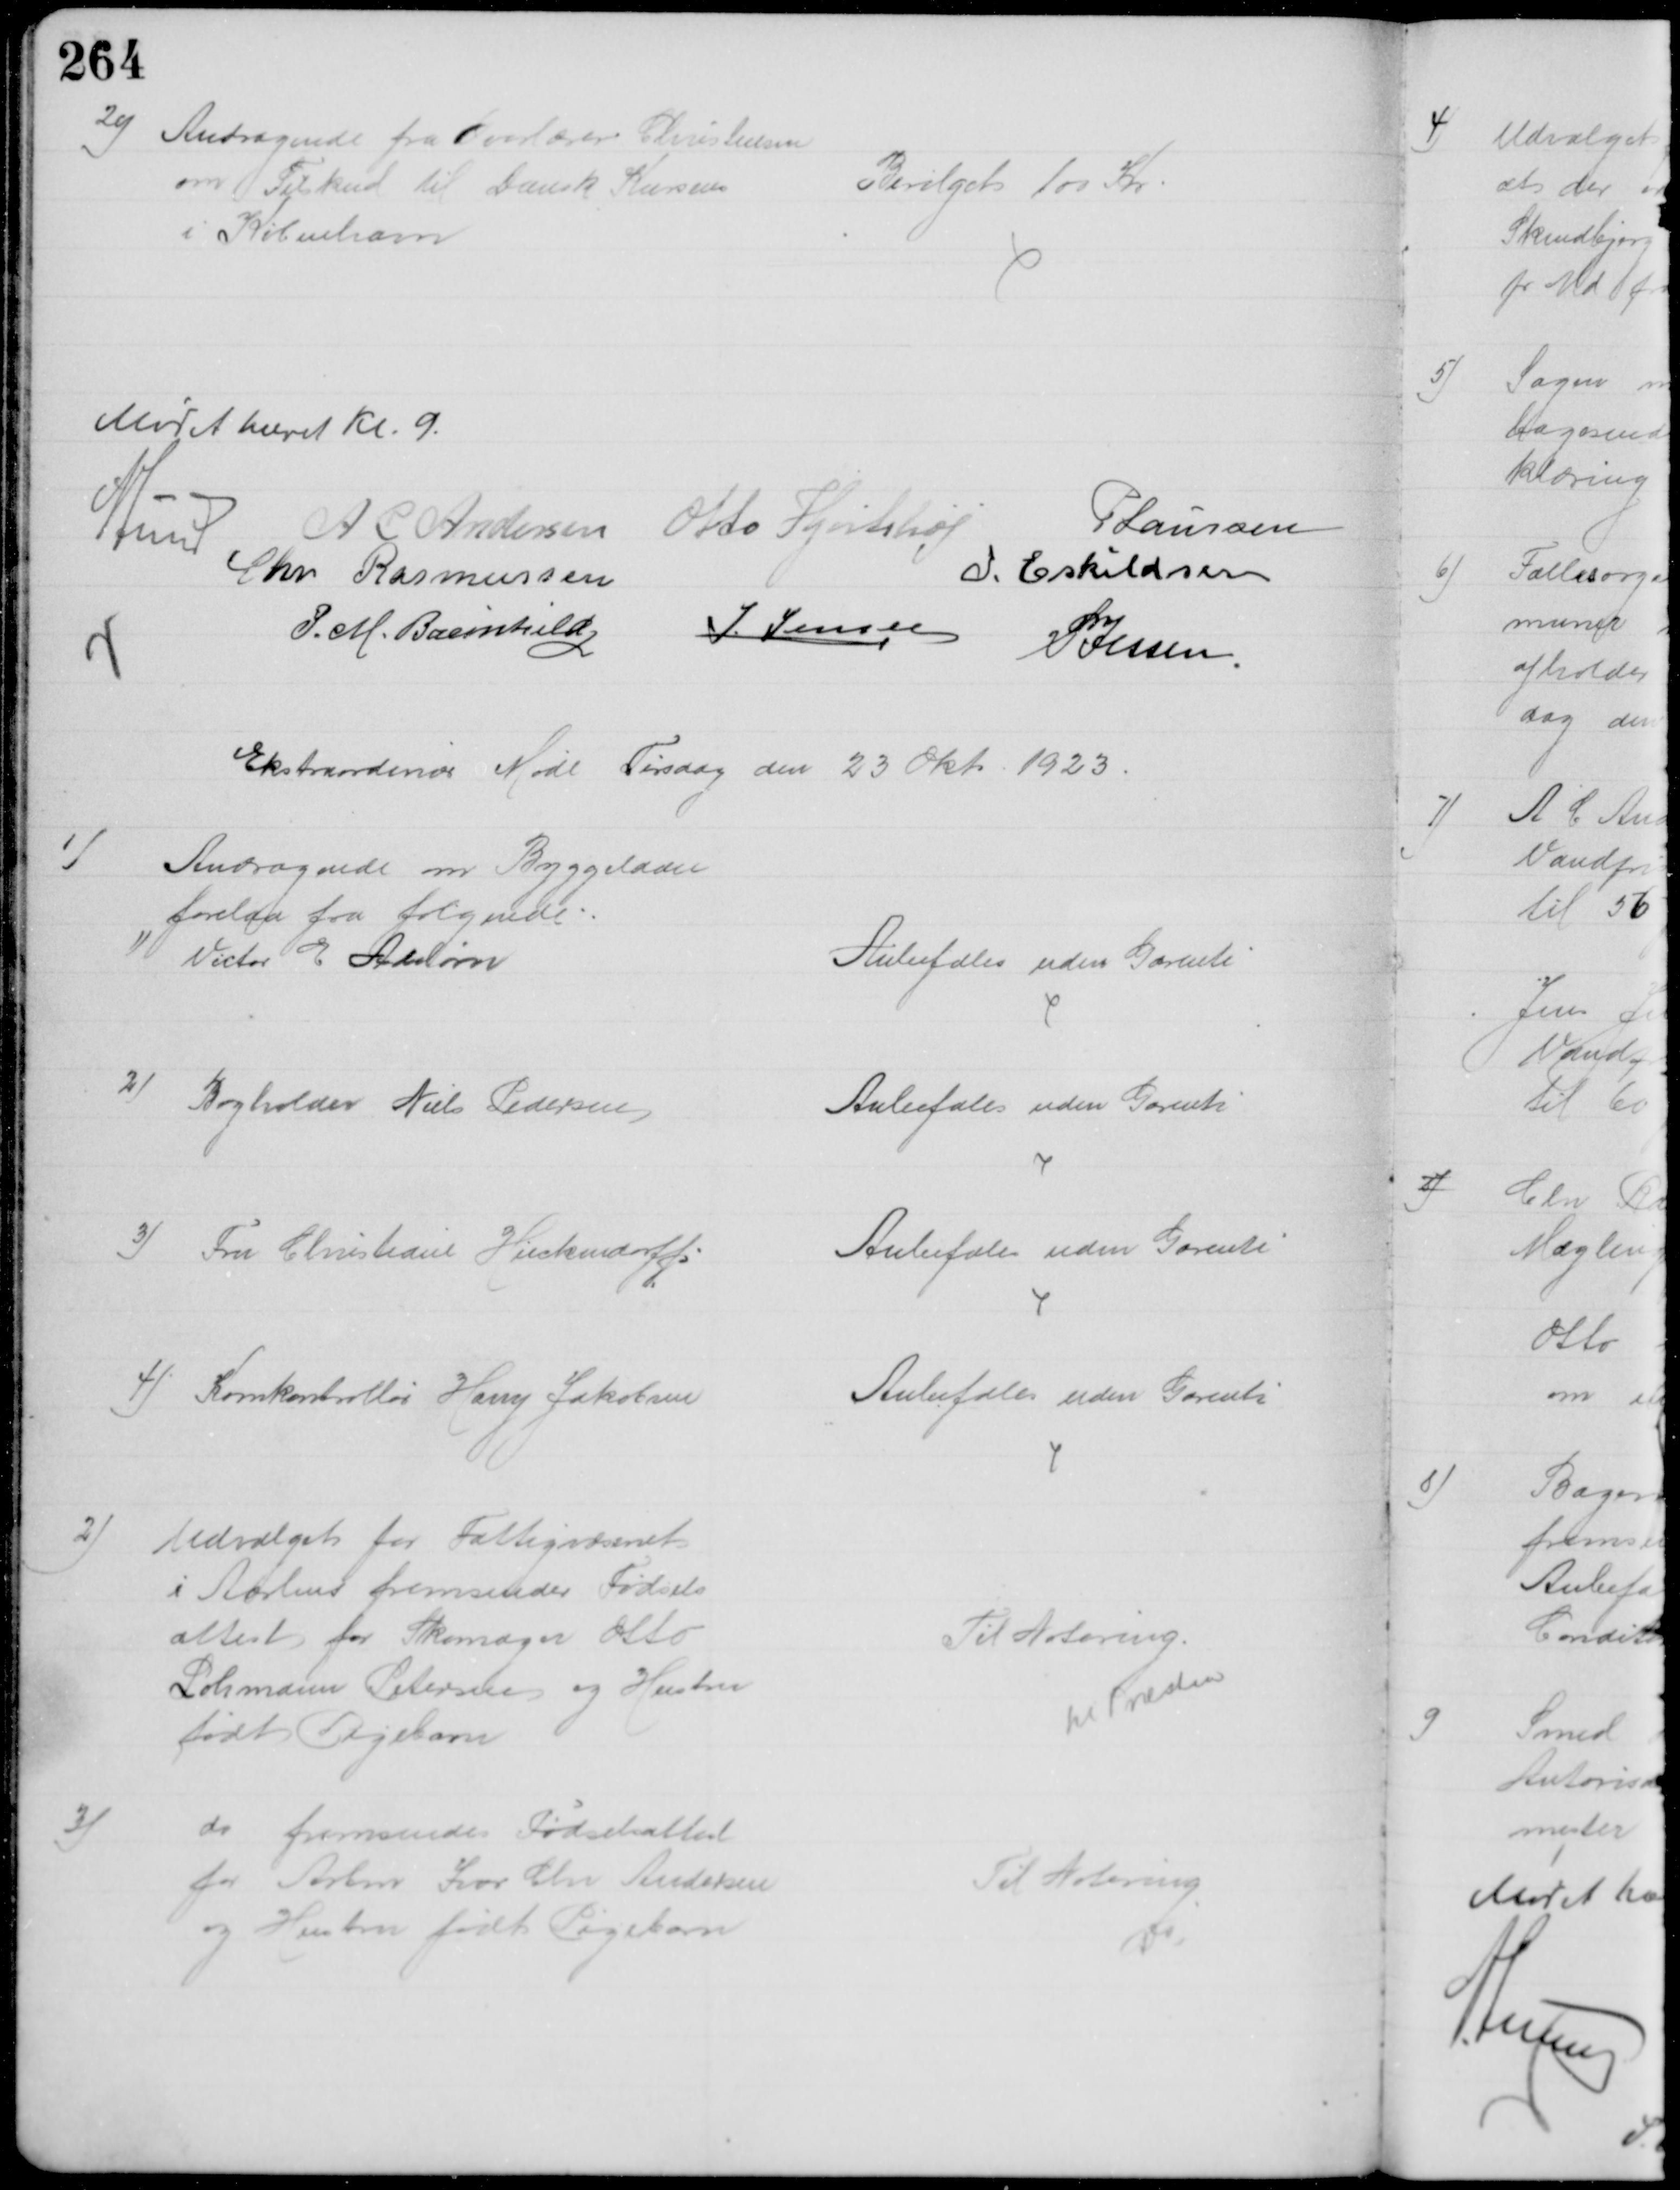
Transskription:
20)
Andragende fra Overlærer Christensen
om Tilskud til Dansk Kursus
i København
Bevilget 100 Kr
Mødet hævet Kl. 9.
A Lund 
A C Andersen
Otto Hjortshøj
P Laursen
Chr Rasmussen
I. Eskildsen
P. M. Breinhild J. Jensen 
P Jessen
Ekstraordinær Møde Tirsdag den 23 Okt. 1923.
1)
Andragende om Byggelaan
forelaa fra følgende:
1) Victor E Adelørn
Anbefales uden Garenti
2) 
Bogholder Niels Pedersen
Anbefales uden Garenti
3) 
Fru Christiane Heickendorff
Anbefales uden Garenti
4) 
Kornkontrollør Harry Jakobsen
Anbefales uden Garenti
2)
Udvalget for Fattigvæsenet
i Aarhus fremsender Fødsels
attest for Skomager Otto
Lohmann Petersen og Hustru
født Pigebarn
Til Notering.
til Præsten
3)
do fremsender Fødselsattest
for Arbm Ivar Chr Andersen
og Hustru født Pigebarn
Til Notering
Do